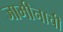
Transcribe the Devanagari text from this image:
जामीनाची